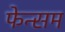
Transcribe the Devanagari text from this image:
फेन्सम